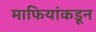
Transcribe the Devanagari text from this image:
माफियांकडून